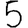
Digit: 5